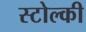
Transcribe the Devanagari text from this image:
स्टोल्की